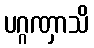
ပဂ္ဂဏှာသိ